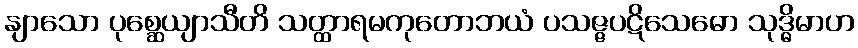
နျာသော ပုစ္ဆေယျာသီတိ သတ္ထာရမကုတောဘယံ ပသဇ္ဇပဋိသေဓော သုဒ္ဓိမာဟ